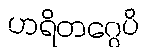
ဟရိတဂ္ဂေပိ